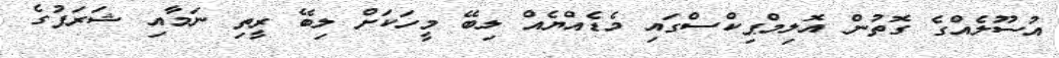
އުސޫލެއްގެ ގޮތުން އޮލިމްޕިކްސްގައި މެޑެއްޔެއް ލިބޭ މީހަކަށް ލިބޭ ރީތި ނަމާއި ޝަރަފުގެ